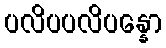
ပလိပပလိပန္နော